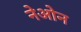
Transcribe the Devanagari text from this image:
नेओन